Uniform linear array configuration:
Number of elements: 16
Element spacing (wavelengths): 1
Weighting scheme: uniform
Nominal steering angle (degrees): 60
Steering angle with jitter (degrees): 60.304
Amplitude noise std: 0.05
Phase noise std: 0.05

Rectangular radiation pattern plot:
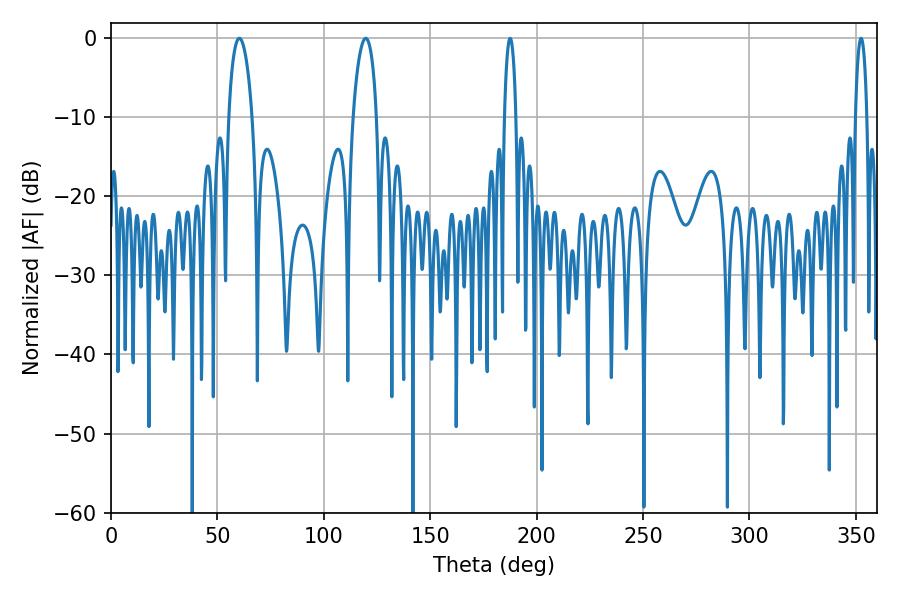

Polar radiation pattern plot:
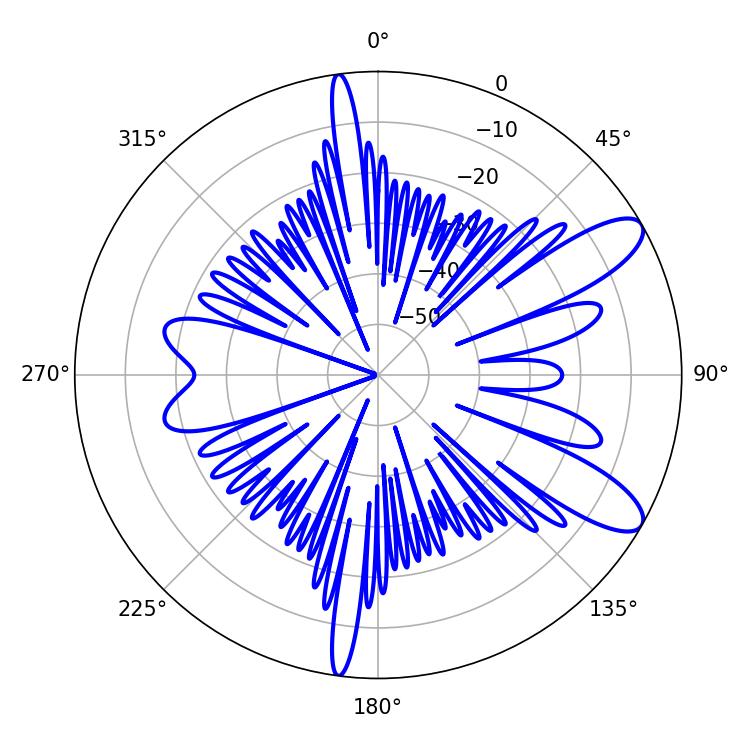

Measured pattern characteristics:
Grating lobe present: TRUE
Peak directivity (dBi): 10.224
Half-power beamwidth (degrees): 6.12
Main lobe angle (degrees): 60.3